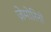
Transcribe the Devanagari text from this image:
ज़ेमोरिनों